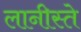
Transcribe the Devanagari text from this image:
लानीस्ते